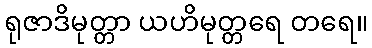
ရုဇာဒိမုတ္တာ ယဟိမုတ္တရေ တရေ။